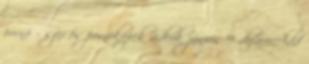
pornó – szex és pornóképek videók június 9 defaceAdd